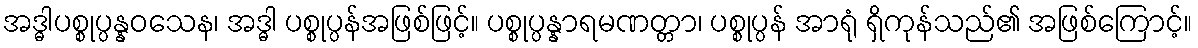
အဒ္ဓါပစ္စုပ္ပန္နဝသေန၊ အဒ္ဓါ ပစ္စုပ္ပန်အဖြစ်ဖြင့်။ ပစ္စုပ္ပန္နာရမဏတ္တာ၊ ပစ္စုပ္ပန် အာရုံ ရှိကုန်သည်၏ အဖြစ်ကြောင့်။